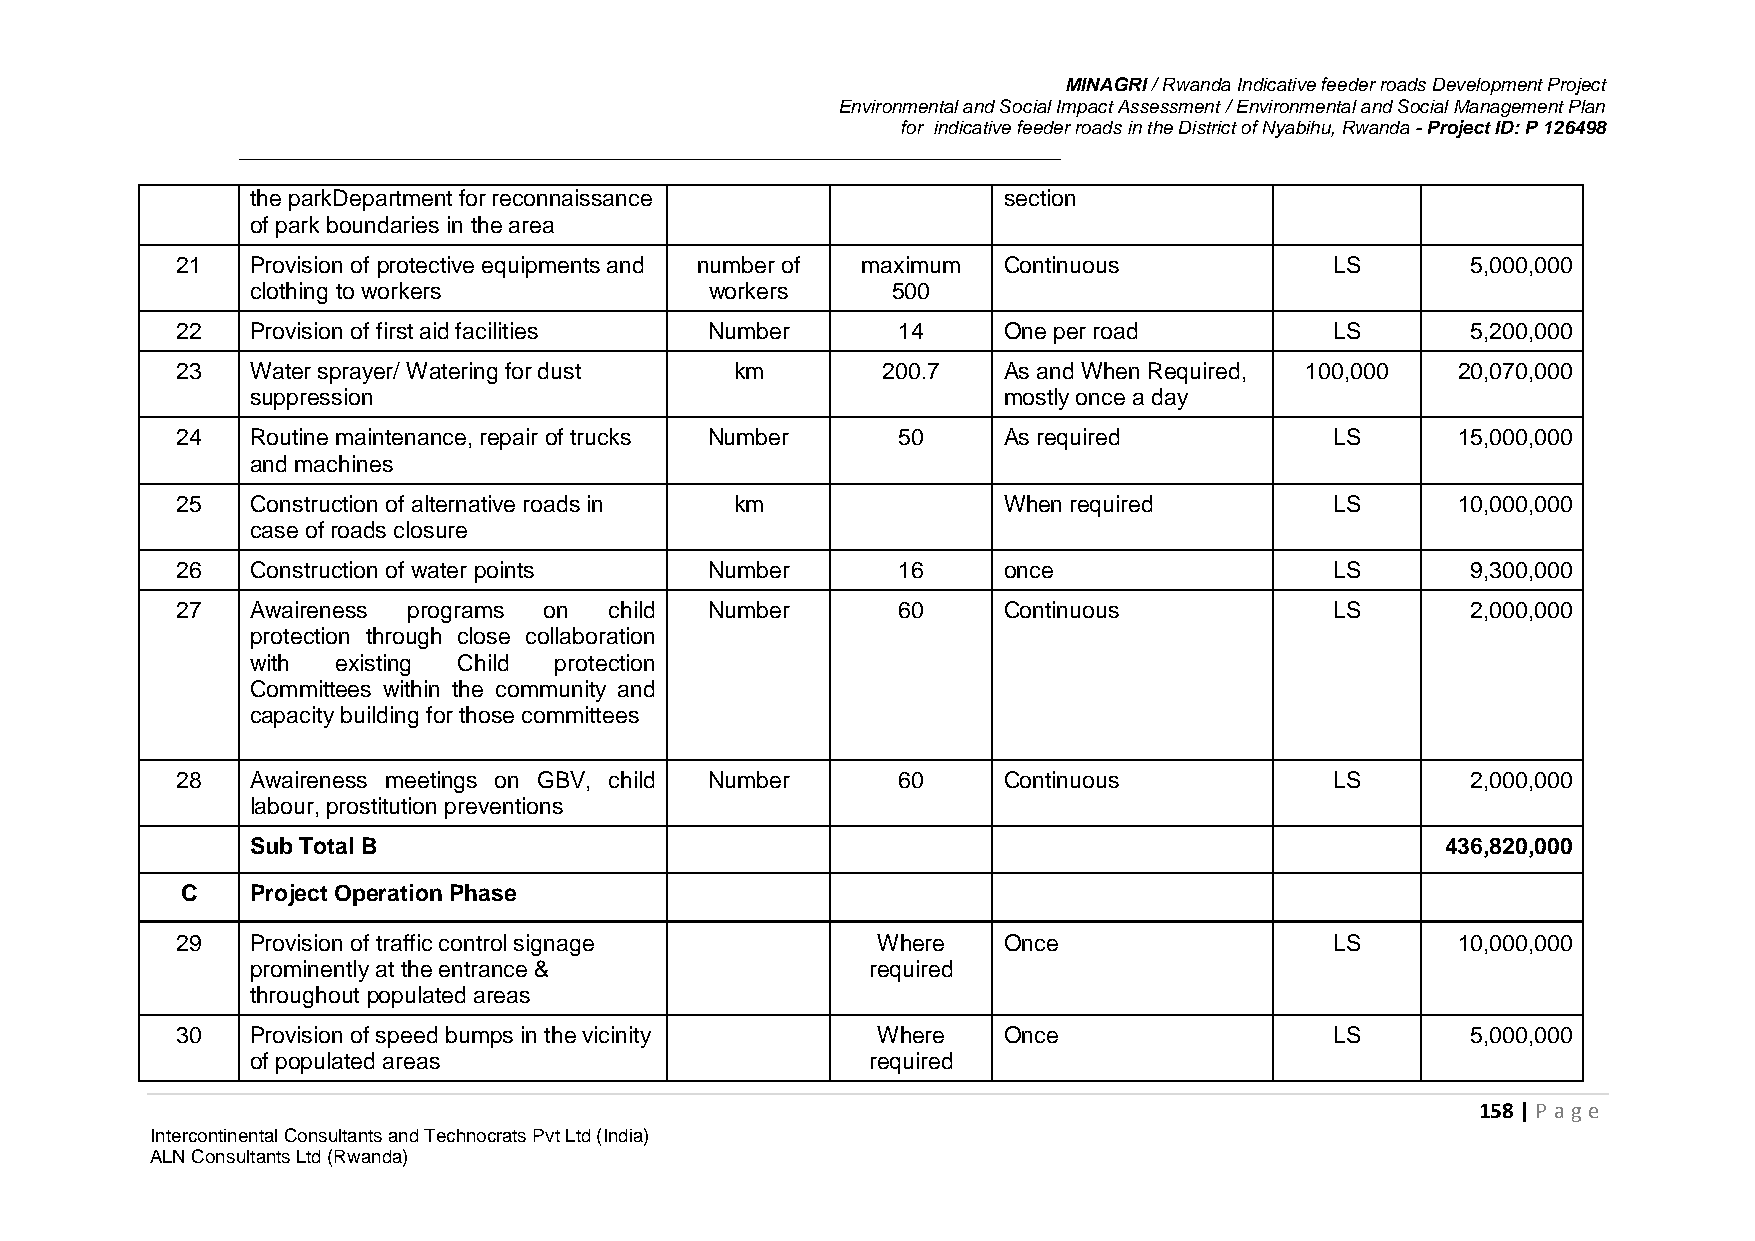
MINAGRI / Rwanda Indicative feeder roads Development Project
 Environmental and Social Impact Assessment / Environmental and Social Management Plan
 for indicative feeder roads in the District of Nyabihu, Rwanda - Project ID: P 126498
 the parkDepartment for reconnaissance            section
 of park boundaries in the area
 21   Provision of protective equipments and number of maximum Continuous    LS       5,000,000
 clothing to workers           workers     500
 22   Provision of first aid facilities Number  14     One per road          LS       5,200,000
 23   Water sprayer/ Watering for dust km      200.7   As and When Required, 100,000 20,070,000
 suppression                                      mostly once a day
 24   Routine maintenance, repair of trucks Number 50  As required           LS      15,000,000
 and machines
 25   Construction of alternative roads in km          When required         LS      10,000,000
 case of roads closure
 26   Construction of water points  Number      16     once                  LS       9,300,000
 27   Awaireness programs on child  Number      60     Continuous            LS       2,000,000
 protection through close collaboration
 with existing Child protection
 Committees within the community and
 capacity building for those committees
 28   Awaireness meetings on GBV, child Number  60     Continuous            LS       2,000,000
 labour, prostitution preventions
 Sub Total B                                                                    436,820,000
 C    Project Operation Phase
 29   Provision of traffic control signage     Where   Once                  LS      10,000,000
 prominently at the entrance &            required
 throughout populated areas
 30   Provision of speed bumps in the vicinity Where   Once                  LS       5,000,000
 of populated areas                       required
 158 | P age
 Intercontinental Consultants and Technocrats Pvt Ltd (India)
 ALN Consultants Ltd (Rwanda)